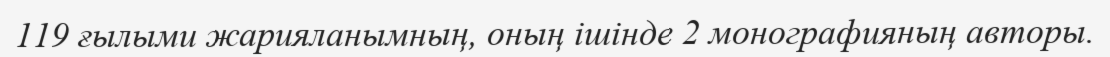
119 ғылыми жарияланымның, оның ішінде 2 монографияның авторы.